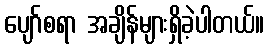
ပျော်စရာ အချိန်များရှိခဲ့ပါတယ်။